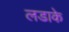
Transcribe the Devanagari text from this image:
लडाके